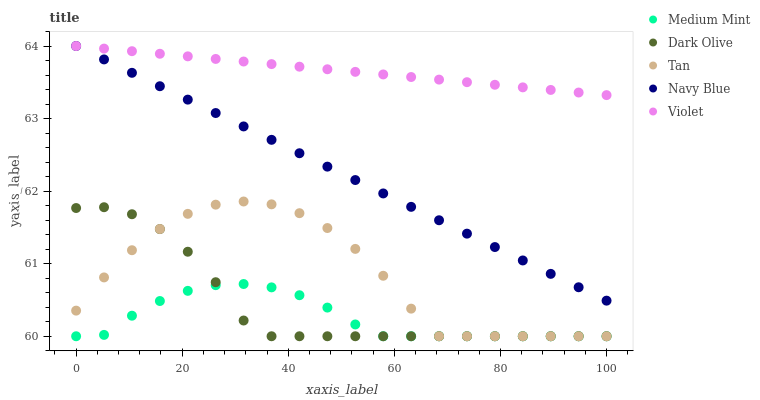
| xaxis_label | Medium Mint | Dark Olive | Tan | Navy Blue | Violet |
 | --- | --- | --- | --- | --- | --- |
 | 0 | 60 | 61.8 | 60.4 | 64 | 64 |
 | 5.26 | 60 | 61.8 | 60.8 | 63.8 | 64 |
 | 10.5 | 60.3 | 61.7 | 61.2 | 63.6 | 63.9 |
 | 15.8 | 60.5 | 61.5 | 61.5 | 63.4 | 63.9 |
 | 21.1 | 60.6 | 61.2 | 61.7 | 63.3 | 63.9 |
 | 26.3 | 60.7 | 60.7 | 61.8 | 63.1 | 63.8 |
 | 31.6 | 60.7 | 60.2 | 61.9 | 62.9 | 63.8 |
 | 36.8 | 60.7 | 60 | 61.8 | 62.7 | 63.8 |
 | 42.1 | 60.6 | 60 | 61.7 | 62.5 | 63.7 |
 | 47.4 | 60.4 | 60 | 61.5 | 62.3 | 63.7 |
 | 52.6 | 60.2 | 60 | 61.2 | 62.2 | 63.6 |
 | 57.9 | 60 | 60 | 60.8 | 62 | 63.6 |
 | 63.2 | 60 | 60 | 60.4 | 61.8 | 63.6 |
 | 68.4 | 60 | 60 | 60 | 61.6 | 63.5 |
 | 73.7 | 60 | 60 | 60 | 61.4 | 63.5 |
 | 78.9 | 60 | 60 | 60 | 61.2 | 63.5 |
 | 84.2 | 60 | 60 | 60 | 61 | 63.4 |
 | 89.5 | 60 | 60 | 60 | 60.9 | 63.4 |
 | 94.7 | 60 | 60 | 60 | 60.7 | 63.4 |
 | 100 | 60 | 60 | 60 | 60.5 | 63.3 |